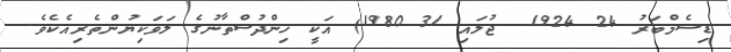
ޑިސެމްބަރު 24 1924  ޖުލައި 31 1980) އަކީ ހިންދުސްތާނުގެ ލަވަކިޔުންތެރިއެކެވެ.